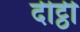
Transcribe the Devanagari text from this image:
दीट्ठी